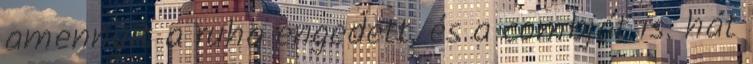
amennyit a ruha engedett, és a combját is. hát